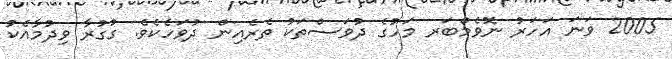
2005 ވަނަ އަހަރު ނޮވެމްބަރ މަހުގެ ދުވަސްތަކު ތެރެއިން ދުވަހެކެވެ. ގުގުރާ ވިދުމާއެކު